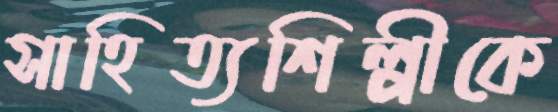
সাহিত্যশিল্পীকে